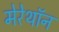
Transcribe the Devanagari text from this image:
मेरेथॉन